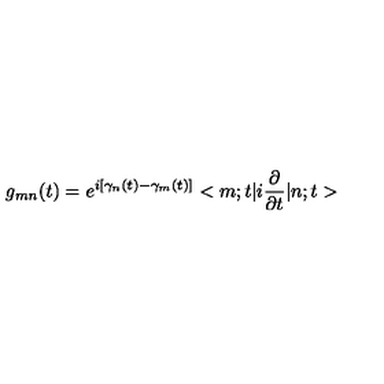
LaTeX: g _ { m n } ( t ) = e ^ { i [ \gamma _ { n } ( t ) - \gamma _ { m } ( t ) ] } < m ; t | i \frac { \partial } { \partial t } | n ; t >